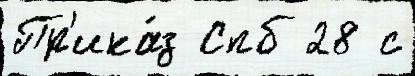
Пр'ика́з Спб 28 с